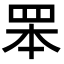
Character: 𦊚